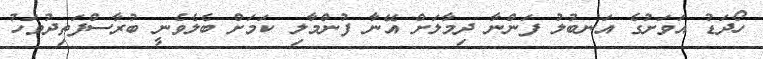
ހޯދަޑު އަވަށުގެ އަނބުލު ފަންނާ ދިމާލަށް އޭނާ ފުންމާލި ކަމަށް ބެލެވެނީ ބުރާސްފަތިދުވަހު